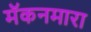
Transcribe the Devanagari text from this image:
मॅकनमारा